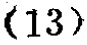
$(13)$